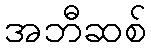
အဘီဆစ်